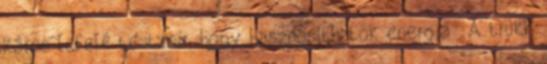
káros lefelé testzsír, hogy hasznosíthatók energia . A trükk